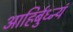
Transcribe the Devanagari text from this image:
आहिर्बुध्न्यं